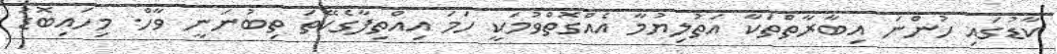
ކާޑުގައި ހުންނަ އިބާރާތްތަކާ އަތުލިޔުމާ އެއްގޮތްވުމަކީ ހަމަ އިއްތިފާގެކޭތަ ތިބުނަނީ ވާހް. މިހައިބޮޑު